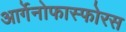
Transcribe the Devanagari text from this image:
आर्गेनोफास्फोरस